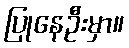
ပြုနေဦးမှာ။